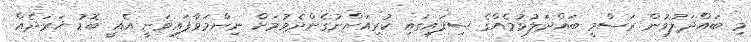
މި ބައްދަލުވުން ރަސްމީ ބައްދަލުވުމެއްގެ ސިފައިގައި ކުރިއަށްނުގެންދެވުމަށް ނިންމަވާފައިވަނީ އެއީ ބޮޑު ޚަރަދެއް